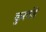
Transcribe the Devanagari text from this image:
कुरवंडे